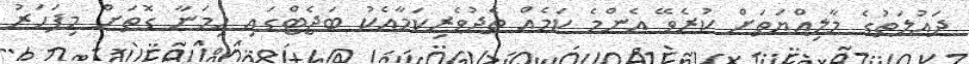
ދައުލަތުގެ މާލިއްޔަތަށް ކުރެވޭ އެންމެ ކަމެއް ތެދުވެރިކަމާއެކު ބަޖެޓްގައި ހިމަނާ ގޮތަށް މިފަހަރު